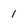
Character: 1